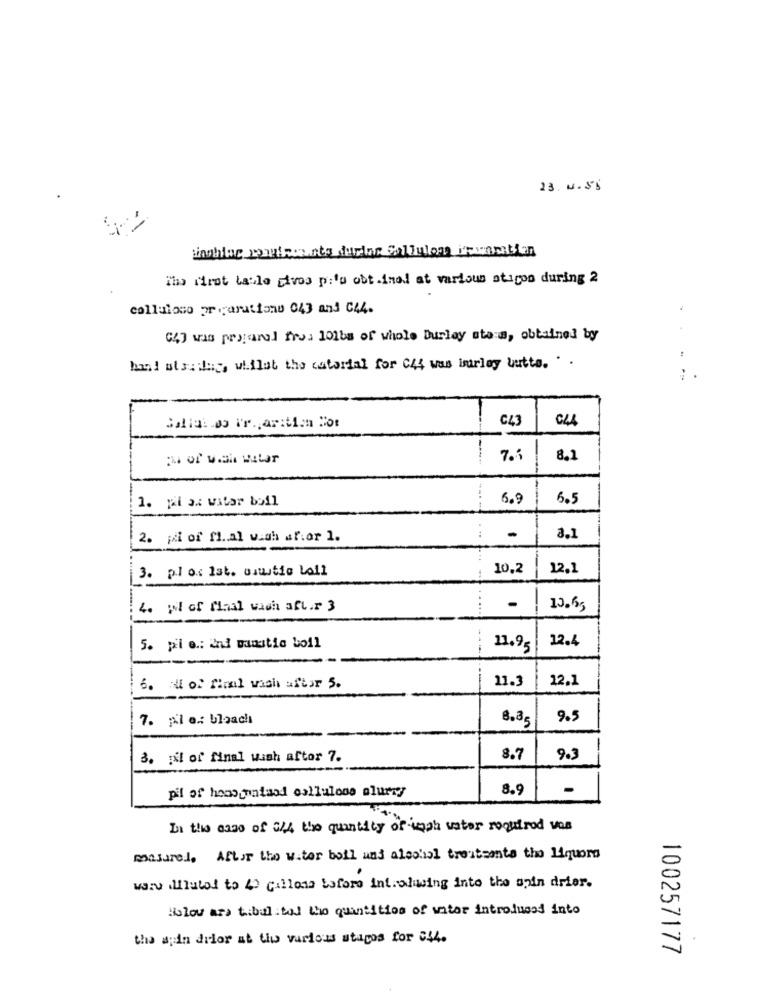
23.4.56
The first la:le tivos pilo obtainal at various sticos during 2
collaloso proparationu 043 and C44.
.
(47 was pryjanul frys 101bs of whole burley sta a, obtained by
hand of satay, wi.ilat the catorial for C44 was imrlay butts. . .
C43
CLA
7.3
8.1
1. pai ax watar boil
6.9
6.5
2. ji of fl .. al wigh sfior 1.
8.1
3. pl os Ist. ouwutie Loil
10,2
12,1
-
4. wil of Miaal wach afl.r 3
....
13.63
12.4
5. pil e: and mastio boil
11.95
11.3
12.1
6. oui of fiol wash aftar 5.
7. pl o .: bloach
8.85
9.5
3. il of final wash aftor 7.
8.7
9.
pil of honogaataod callulone olurny
8.9
In the case of 024 the quantity of inph water required von
masarel. After the water ball and alsohal treatments the Liquors
waru illlutol to 40 gallons Laforo int.wlusing into the anin drier.
Bolov ara tibal tal the quantities of water introduced into
the ayda didor at tiw various stages for C44.
100257177